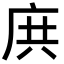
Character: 𢈎